Annual report on the Civil Veterinary Department, Burma (including the Insein Veterinary School) - 1932-1941
Year: 1932
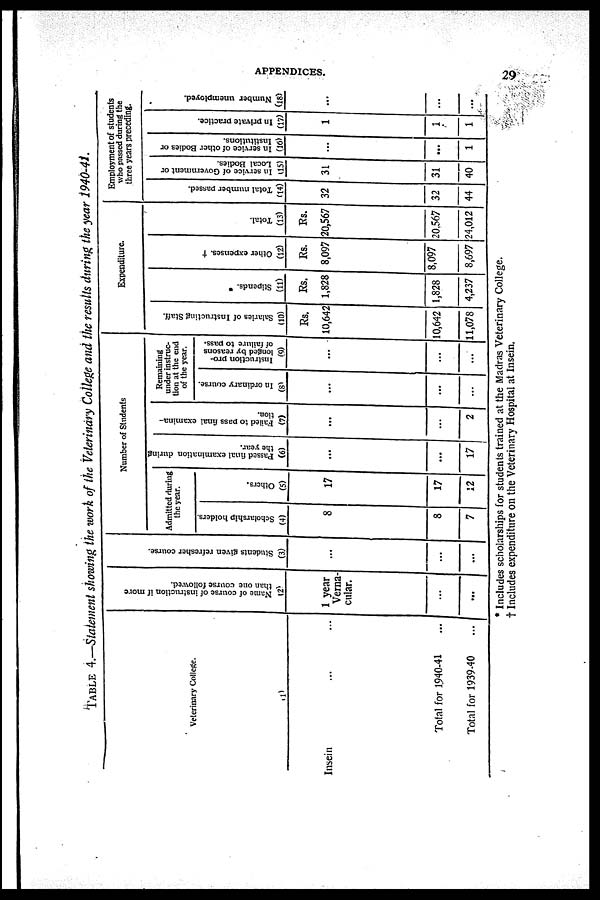
APPENDICES.
29
Table 4.—Statement showing the work of the Veterinary College and the results during the year 1940-4i.
Veterinary College.
(1)
Insein ... ...
Total for 1940-41 ...
Total for 1939-40
...
Name of course of instruction if more
than one course followed.
(2)
1 year
Verna-
cular.
...
...
Students given refresher course.
(3)
...
...
...
Number of Students
Admitted during
the year.
Scholarship holders.
(4)
8
8
7
Others.
(5)
17
17
12
Passed final examination during
the year.
(6)
...
17
Failed to pass final examina-
tion.
(7)
...
2
Remaining
under instruc-
tion at the end
of the year.
In ordinary course.
(8)
...
...
...
Instruction pro-
longed by reasons
of failure to pass.
(9)
...
...
...
Expenditure.
Salaries of Instructing Staff.
(10)
Rs.
10,642
10,642
11,078
Stipends. *
(11)
Rs.
1,828
1,828
4,237
Other expenses. †
(12)
Rs.
8,097
8,097
8,697
Total.
(13)
Rs.
20,567
20,567
24,012
Employment of students
who passed during the
three years preceding.
Total number passed.
(14)
32
32
44
In service of Government or
Local Bodies.
(15)
31
31
40
In service of other Bodies or
Institutions.
(16)
...
...
1
In private practice.
(17)
1
1
1
Number unemployed.
(18)
...
...
...
* Includes scholarships for students trained at the Madras Veterinary College.
† Includes expenditure on the Veterinary Hospital at Insein.